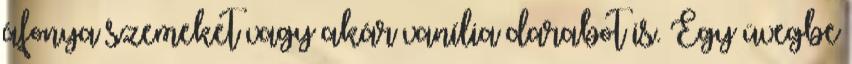
áfonya szemeket vagy akár vanília darabot is. Egy üvegbe